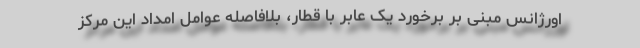
اورژانس مبنی بر برخورد یک عابر با قطار، بلافاصله عوامل امداد این مرکز